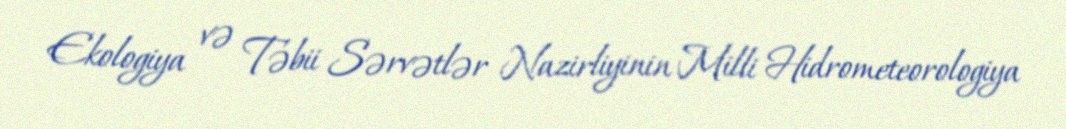
Ekologiya və Təbii Sərvətlər Nazirliyinin Milli Hidrometeorologiya